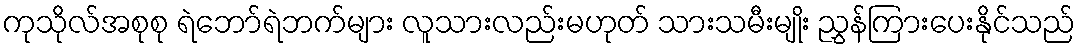
ကုသိုလ်အစုစု ရဲဘော်ရဲဘက်များ လူသားလည်းမဟုတ် သားသမီးမျိုး ညွှန်ကြားပေးနိုင်သည်